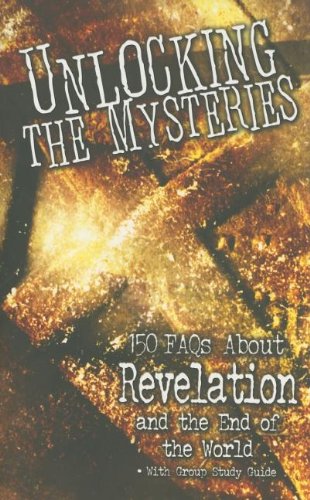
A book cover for Unlocking the Mysteries: 150 FAQs about Revelation and the End of the World; Samuel F. Parvin; Teen & Young Adult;